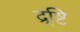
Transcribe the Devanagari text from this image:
द्र्ष्टि